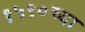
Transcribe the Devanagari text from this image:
१५९०च्या